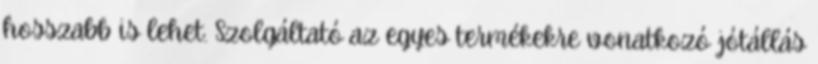
hosszabb is lehet. Szolgáltató az egyes termékekre vonatkozó jótállás